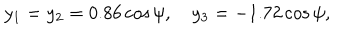
y _ { 1 } = y _ { 2 } = 0 . 8 6 \cos \psi , \quad y _ { 3 } = - 1 . 7 2 \cos \psi ,